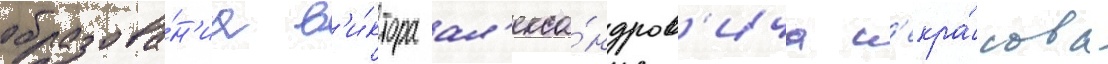
образова́н'иа в'и́ктора ал'екса́ндров'ича н'екра́сова